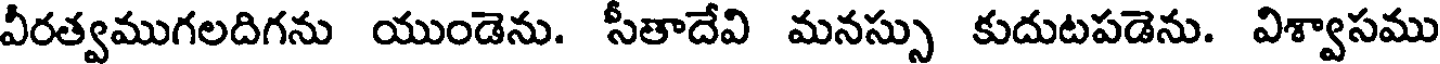
వీరత్వముగలదిగను యుండెను. సీతాదేవి మనస్సు కుదుటపడెను. విశ్వాసము